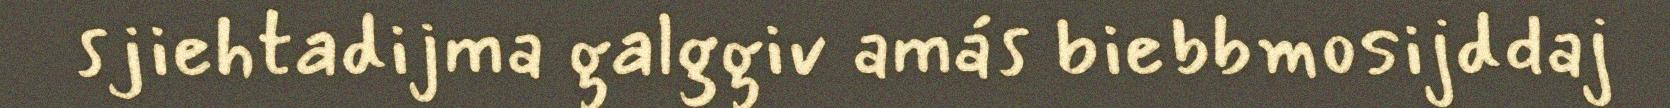
sjiehtadijma galggiv amás biebbmosijddaj